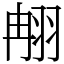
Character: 䎃